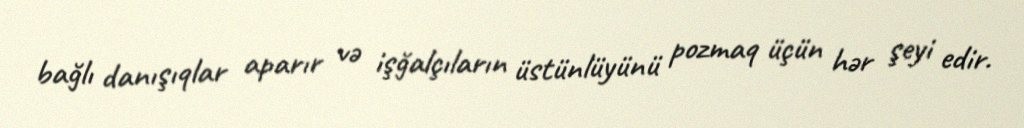
bağlı danışıqlar aparır və işğalçıların üstünlüyünü pozmaq üçün hər şeyi edir.